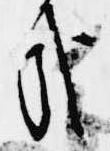
哉